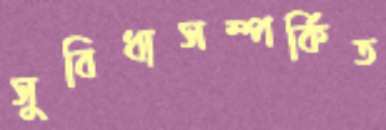
সুবিধাসম্পর্কিত